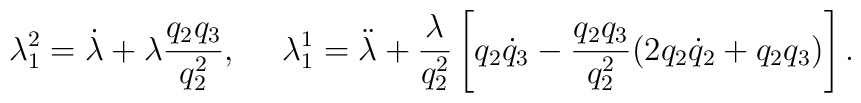
\lambda_1^2=\dot{\lambda}+\lambda\frac{q_2q_3}{q_2^2},~~~~\lambda_1^1=\ddot{\lambda}+\frac{\lambda}{q_2^2}\left[q_2{\dot{q}}_3-\frac{q_2q_3}{q_2^2}(2q_2{\dot{q}}_2+q_2q_3)\right].